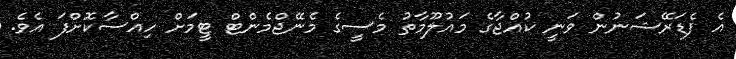
އެ ފެޑަރޭޝަނުން ވަނީ ކުއްޖާގެ މައުލޫމާތު މެސީގެ މެނޭޖްމެންޓް ޓީމަށް ހިއްސާކޮށްފަ އެވެ.